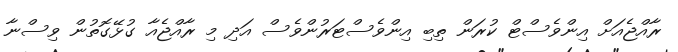
ރާއްޖެއަށް އިންވެސްޓް ކުރަން ތިބި އިންވެސްޓަރުންވެސް އަދި މި ރާއްޖެއާ ގުޅޭގޮތުން ވިސްނާ